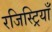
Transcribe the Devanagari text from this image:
रजिस्ट्रियाँ